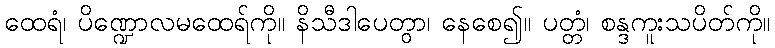
ထေရံ၊ ပိဏ္ဍောလမထေရ်ကို။ နိသီဒါပေတွာ၊ နေစေ၍။ ပတ္တံ၊ စန္ဒကူးသပိတ်ကို။